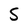
Character: S